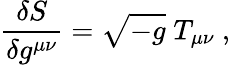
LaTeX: {\frac{\delta S}{\delta g^{\mu\nu}}}=\sqrt{-g}\; T_{\mu\nu}\ ,